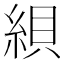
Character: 𦁀